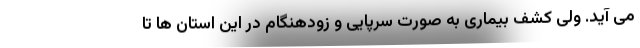
می آید. ولی کشف بیماری به صورت سرپایی و زودهنگام در این استان ها تا